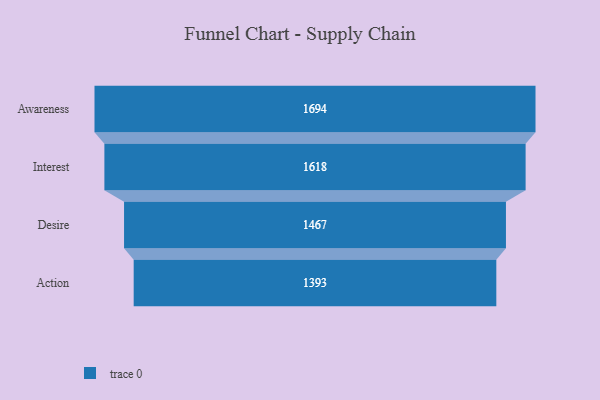
{"axis": {"x": "Stage", "y": "Value"}, "legend": [""], "data": [{"x": "Awareness", "y": 1694.0, "type": ""}, {"x": "Interest", "y": 1618.0, "type": ""}, {"x": "Desire", "y": 1467.0, "type": ""}, {"x": "Action", "y": 1393.0, "type": ""}]}